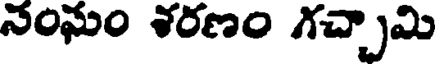
నంఘం శరణం గచ్చామి